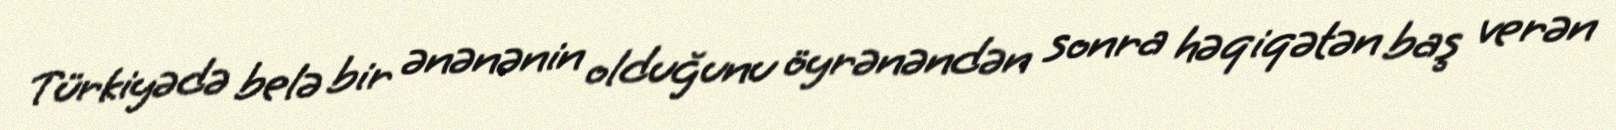
Türkiyədə belə bir ənənənin olduğunu öyrənəndən sonra həqiqətən baş verən